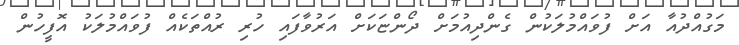
މަގުއްދުއާ އަށް ފުވައްމުލަކުން ގެންދިއުމަށް ދޯންޏަކަށް އަރުވާފައި ހުރި ރުއްތަކެއް ފުވައްމުލަކު އޮފީހުން